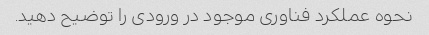
نحوه عملکرد فناوری موجود در ورودی را توضیح دهید.